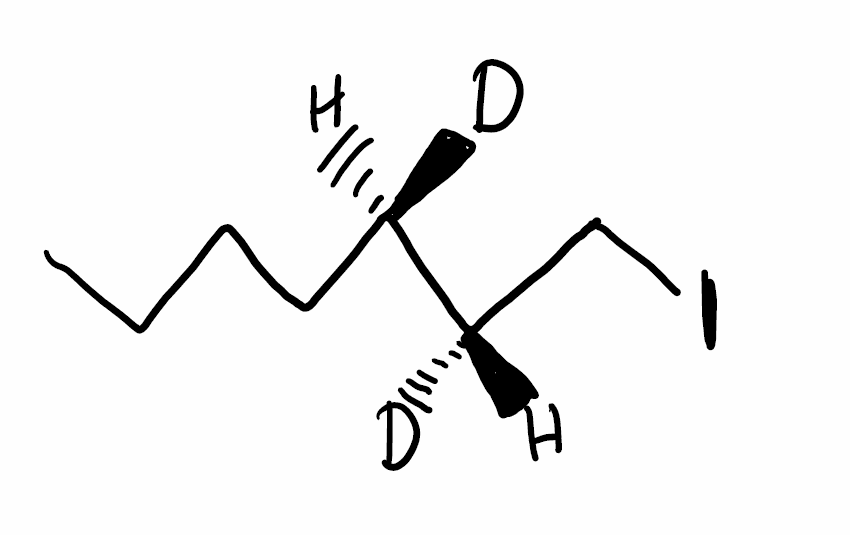
Simplified molecular-input line-entry system (SMILES) notation of the given molecule:
[H][C@@]([2H])(CCCC)[C@@]([H])([2H])CI